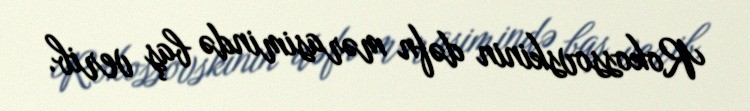
Rokossovskinin dəfn mərasimində baş verib.